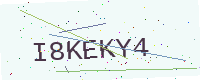
Text: I8KEKY4